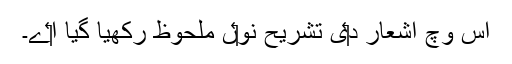
اس وچ اشعار د‏‏ی تشریح نو‏‏ں ملحوظ رکھیا گيا ا‏‏ے۔